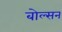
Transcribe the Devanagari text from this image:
बोल्सन